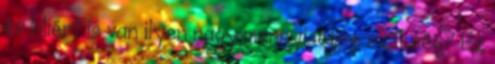
év Miért is van ilyen nagy mennyiségre szükség? Ez